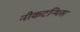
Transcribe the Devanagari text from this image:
नीकटन्थिस